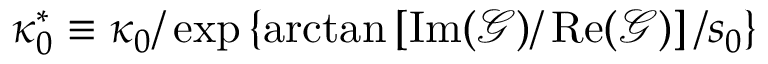
\kappa _ { 0 } ^ { * } \equiv \kappa _ { 0 } / \exp \left\{ \arctan \left[ { \operatorname { I m } ( \mathcal { G } ) / \operatorname { R e } ( \mathcal { G } ) } \right] / s _ { 0 } \right\}